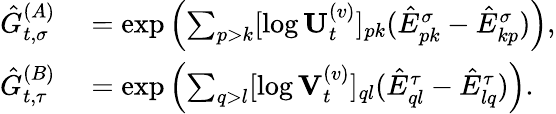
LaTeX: \begin{array}{rl}{\hat{G}_{t,\sigma}^{(A)}}&{{}=\exp\left(\sum_{p>k}[\log\mathbf{U}_{t}^{(v)}]_{pk}(\hat{E}_{pk}^{\sigma}-\hat{E}_{kp}^{\sigma})\right),}\\ {\hat{G}_{t,\tau}^{(B)}}&{{}=\exp\left(\sum_{q>l}[\log\mathbf{V}_{t}^{(v)}]_{ql}(\hat{E}_{ql}^{\tau}-\hat{E}_{lq}^{\tau})\right).}\end{array}